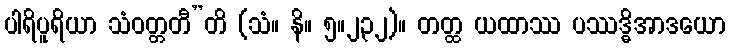
ပါရိပူရိယာ သံဝတ္တတီ”တိ (သံ။ နိ။ ၅။၂၃၂)။ တတ္ထ ယထာဿ ပဿဒ္ဓိအာဒယော